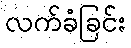
လက်ခံခြင်း